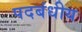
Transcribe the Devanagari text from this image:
पदबंधीय